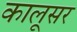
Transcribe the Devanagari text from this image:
कालूसर